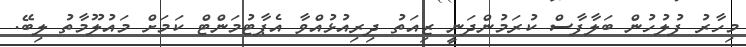
މިހާރު ފުލުހުން ބަލާފާސް ކުރަމުންދަނީ ޒިއަތު ދިރިއުޅުއްވާ އެޕާޓުމަންޓް ކަމަށް މައުލޫމާތު ލިބޭ.